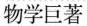
物学巨著